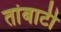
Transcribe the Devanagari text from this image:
तांबाटी